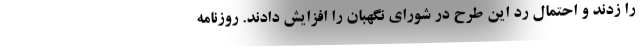
را زدند و احتمال رد این طرح در شورای نگهبان را افزایش دادند. روزنامه